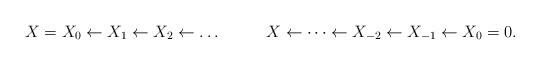
LaTeX: \begin{align*}X &= X_0 \leftarrow X_1 \leftarrow X_2 \leftarrow \dots &&&X &\leftarrow \dots \leftarrow X_{-2} \leftarrow X_{-1} \leftarrow X_0 = 0.\end{align*}